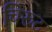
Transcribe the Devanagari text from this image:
चिरूट